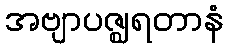
အဗျာပဇ္ဈရတာနံ